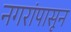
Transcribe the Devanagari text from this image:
नगरांपासून